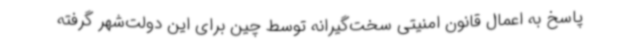
پاسخ به اعمال قانون امنیتی سخت‌گیرانه توسط چین برای این دولت‌شهر گرفته